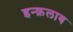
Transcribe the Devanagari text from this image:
इन्क़लाब